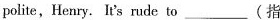
polite,Henry. It's rude to___(指